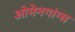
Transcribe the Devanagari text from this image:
ओमेनगांग्स